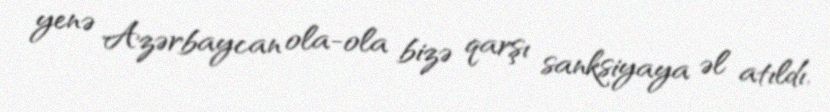
yenə Azərbaycan ola-ola bizə qarşı sanksiyaya əl atıldı.